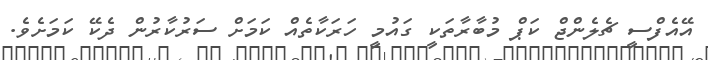
އޭއެފްސީ ޗެލެންޖް ކަޕް މުބާރާތަކީ ގައުމީ ހަރަކާތެއް ކަމަށް ސަރުކާރުން ދެކޭ ކަމަށެވެ.